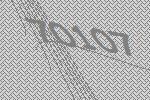
70107